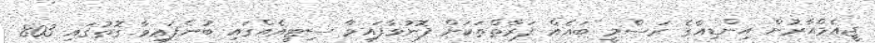
ޖީއެމްއާރުން އިންޑިއާގެ ރަސްމީ ބައެއް ފަރާތްތަކަށް ފޮނުވާފައިވާ ސިޓީއެއްގައި ބުނެފައިވާ ގޮތުގައި 803